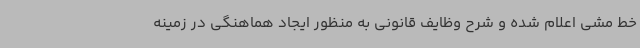
خط مشی اعلام شده و شرح وظایف قانونی به منظور ایجاد هماهنگی در زمینه